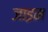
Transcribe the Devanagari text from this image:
जाइम